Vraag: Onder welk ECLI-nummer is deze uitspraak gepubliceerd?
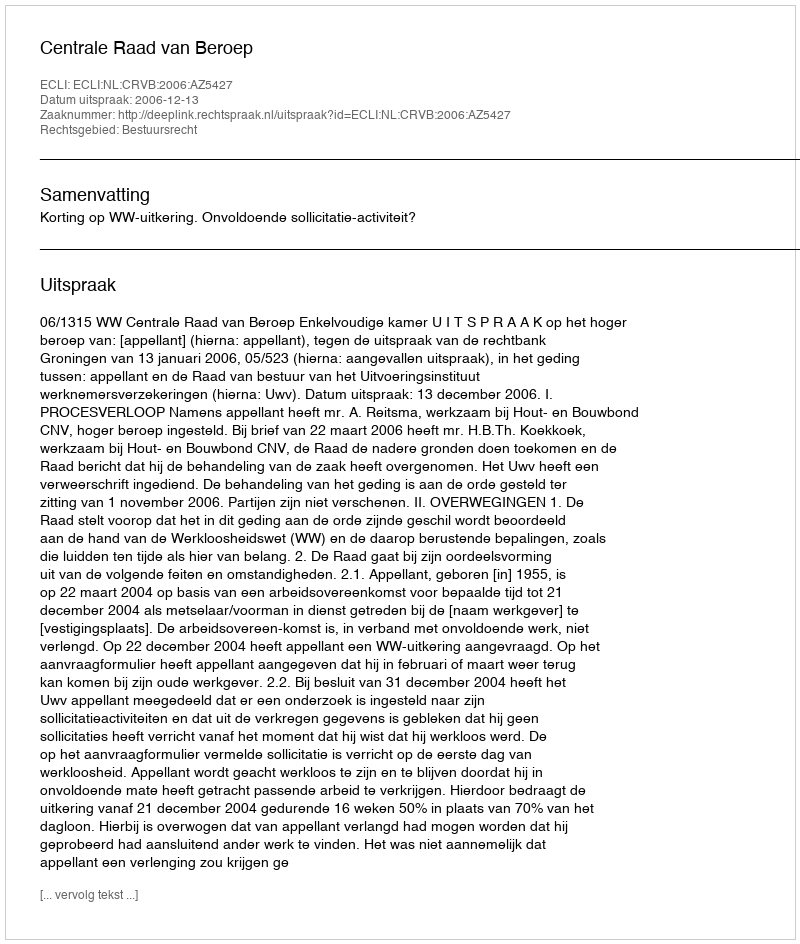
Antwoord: ECLI:NL:CRVB:2006:AZ5427